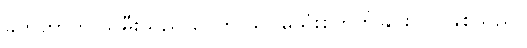
ခက်တာက သမီးသည် ငွေကို သိပ်မသုံးစွဲတတ်ခြင်းပင် ဖြစ်သည်။